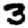
Digit: 3